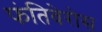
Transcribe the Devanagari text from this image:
फंतिवेरोस